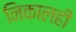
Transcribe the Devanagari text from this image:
निकालही